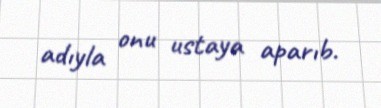
adıyla onu ustaya aparıb.